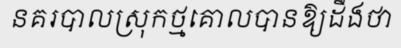
នគរបាលស្រុកថ្មគោលបានឱ្យដឹងថា